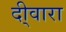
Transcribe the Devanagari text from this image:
दी्वारा